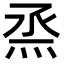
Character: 烝